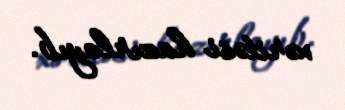
xəritəsi hazırlayıb.